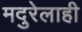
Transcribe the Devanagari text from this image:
मदुरेलाही